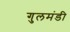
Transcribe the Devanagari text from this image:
गुलमंडी